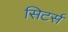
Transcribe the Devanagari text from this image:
सिटर्स